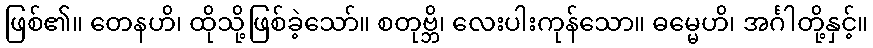
ဖြစ်၏။ တေနဟိ၊ ထိုသို့ဖြစ်ခဲ့သော်။ စတုဗ္ဘိ၊ လေးပါးကုန်သော။ ဓမ္မေဟိ၊ အင်္ဂါတို့နှင့်။